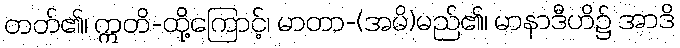
တတ်၏၊ ဣတိ-ထို့ကြောင့်၊ မာတာ-(အမိ)မည်၏၊ မာနာဒီဟိ၌ အာဒိ